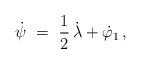
LaTeX: \begin{align*}\dot\psi\ =\ \frac12\,\dot\lambda+\dot\varphi_1\,,\end{align*}